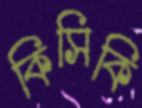
কিসিকি